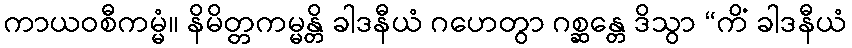
ကာယဝစီကမ္မံ။ နိမိတ္တကမ္မန္တိ ခါဒနီယံ ဂဟေတွာ ဂစ္ဆန္တေ ဒိသွာ “ကိံ ခါဒနီယံ